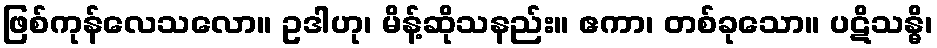
ဖြစ်ကုန်လေသလော။ ဥဒါဟု၊ မိန့်ဆိုသနည်း။ ဧကာ၊ တစ်ခုသော။ ပဋိသန္ဓိ၊